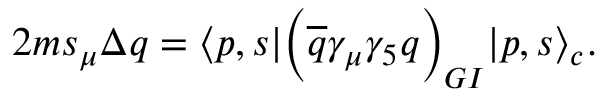
2 m s _ { \mu } \Delta q = \langle p , s | \biggl ( { \overline { { q } } } \gamma _ { \mu } \gamma _ { 5 } q \biggr ) _ { G I } | p , s \rangle _ { c } .